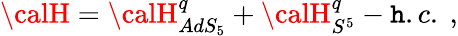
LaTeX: {\calH}={\calH}_{AdS_{5}}^{q}+{\calH}_{S^{5}}^{q}-\mathtt{h}.c.\ ,